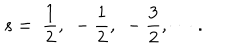
LaTeX: s = ~ \frac { 1 } { 2 } , ~ - \frac { 1 } { 2 } , ~ - \frac { 3 } { 2 } , \cdots { \, } .